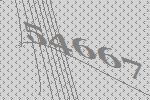
54667